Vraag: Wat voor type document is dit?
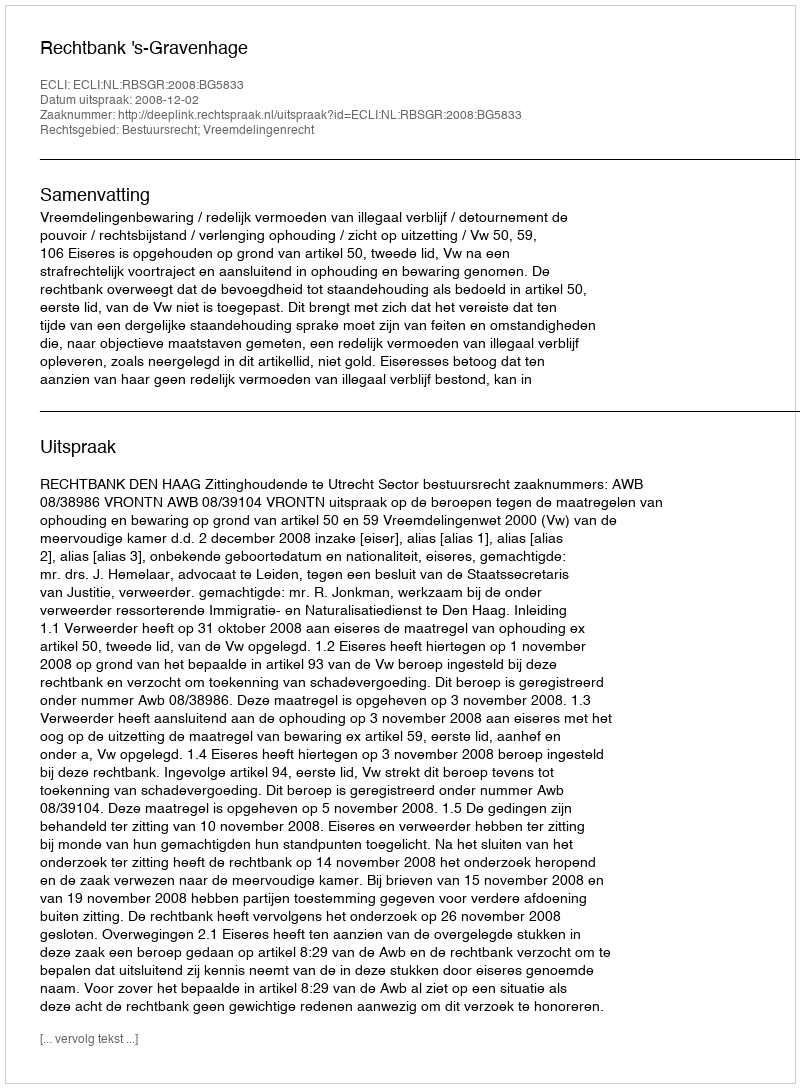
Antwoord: Uitspraak